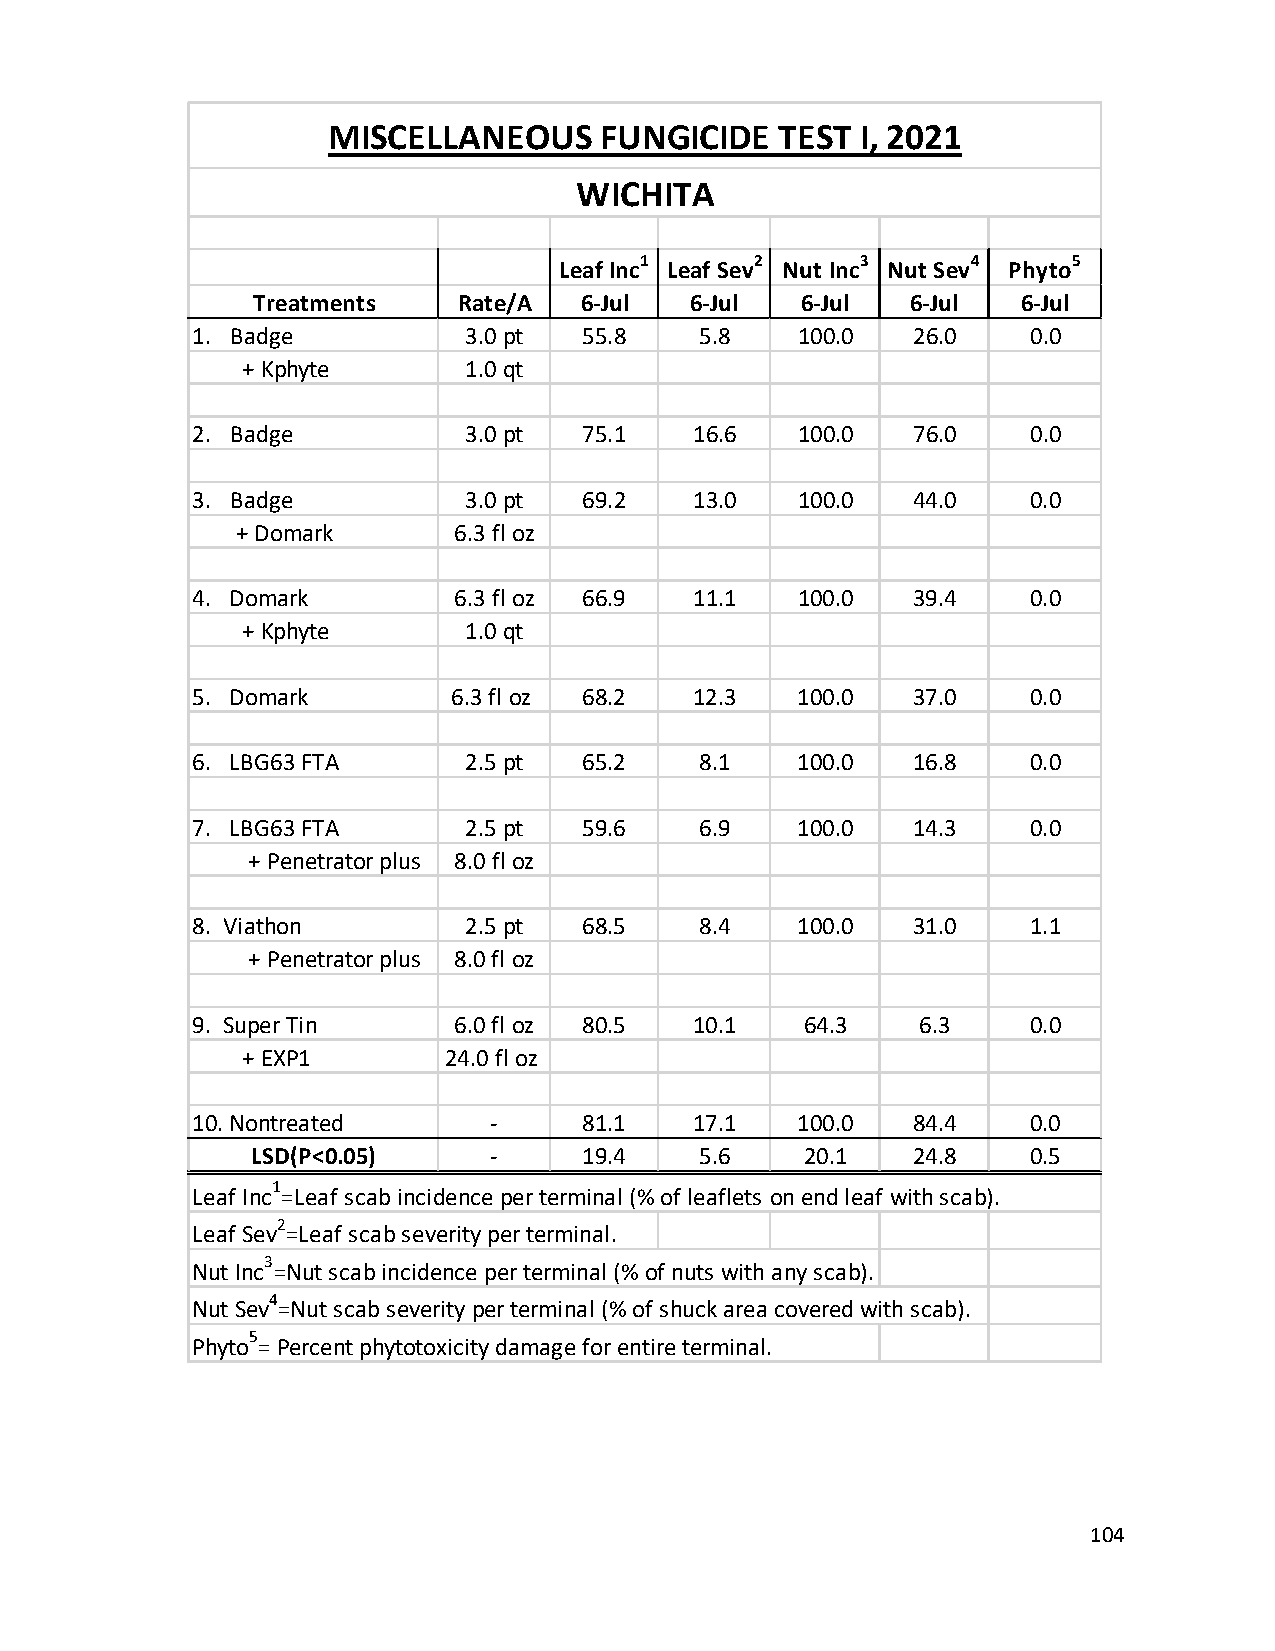
MISCELLANEOUS     FUNGICIDE   TEST I, 2021
 WICHITA
 1       2      3      4      5
 Leaf Inc Leaf Sev Nut Inc Nut Sev Phyto
 Treatments   Rate/A  6-Jul   6-Jul  6-Jul  6-Jul   6-Jul
 1. Badge          3.0 pt  55.8   5.8    100.0  26.0    0.0
 + Kphyte       1.0 qt
 2. Badge          3.0 pt  75.1   16.6   100.0  76.0    0.0
 3. Badge          3.0 pt  69.2   13.0   100.0  44.0    0.0
 + Domark      6.3 fl oz
 4. Domark        6.3 fl oz 66.9  11.1   100.0  39.4    0.0
 + Kphyte       1.0 qt
 5. Domark        6.3 fl oz 68.2  12.3   100.0  37.0    0.0
 6. LBG63 FTA      2.5 pt  65.2   8.1    100.0  16.8    0.0
 7. LBG63 FTA      2.5 pt  59.6   6.9    100.0  14.3    0.0
 + Penetrator plus 8.0 fl oz
 8. Viathon        2.5 pt  68.5   8.4    100.0  31.0    1.1
 + Penetrator plus 8.0 fl oz
 9. Super Tin     6.0 fl oz 80.5  10.1   64.3    6.3    0.0
 + EXP1       24.0 fl oz
 10. Nontreated     -      81.1   17.1   100.0  84.4    0.0
 LSD(P<0.05)    -      19.4   5.6    20.1   24.8    0.5
 1
 Leaf Inc =Leaf scab incidence per terminal (% of leaflets on end leaf with scab).
 2
 Leaf Sev =Leaf scab severity per terminal.
 3
 Nut Inc =Nut scab incidence per terminal (% of nuts with any scab).
 4
 Nut Sev =Nut scab severity per terminal (% of shuck area covered with scab).
 5
 Phyto = Percent phytotoxicity damage for entire terminal.
 104